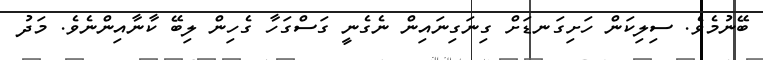
ބޭނުމެވެ. ސިލިކަން ހަށިގަނޑަށް ގިނަގިނައިން ނެގެނީ ގަސްގަހާ ގެހިން ލިބޭ ކާނާއިންނެވެ. މަދު